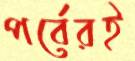
পর্বেরই